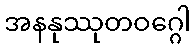
အနနုဿုတဝဂ္ဂေါ